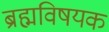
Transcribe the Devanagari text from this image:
ब्रह्मविषयक